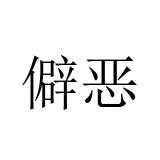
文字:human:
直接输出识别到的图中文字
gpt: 僻恶